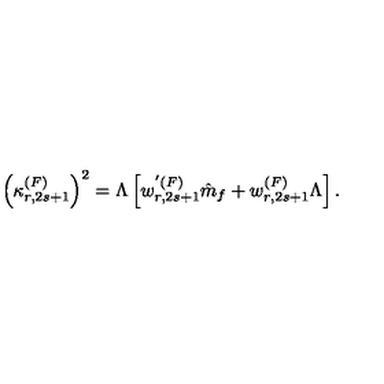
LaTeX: \left( \kappa _ { r , 2 s + 1 } ^ { ( F ) } \right) ^ { 2 } = \Lambda \left[ w _ { r , 2 s + 1 } ^ { ' ( F ) } \hat { m } _ { f } + w _ { r , 2 s + 1 } ^ { ( F ) } \Lambda \right] .